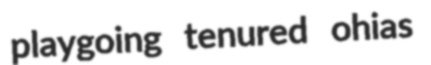
playgoing tenured ohias